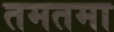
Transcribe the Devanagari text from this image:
तमतमा